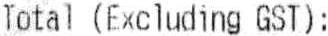
TOTAL (EXCLUDING GST):